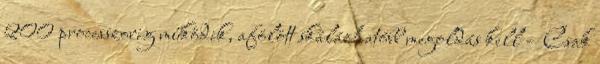
200 processzorig működik, afölött skálázhatóbb megoldás kell – Csak